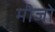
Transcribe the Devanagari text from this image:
मीजो